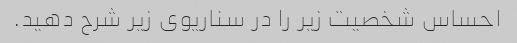
احساس شخصیت زیر را در سناریوی زیر شرح دهید.